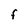
Character: F